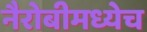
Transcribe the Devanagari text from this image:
नैरोबीमध्येच